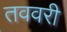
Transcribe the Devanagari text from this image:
तववरी